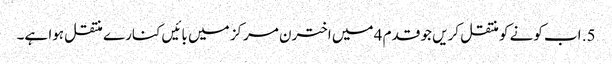
5. اب کونے کو منتقل کریں جو قدم 4 میں اخترن مرکز میں بائیں کنارے منتقل ہوا ہے۔